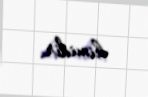
kimidir.